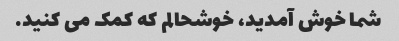
شما خوش آمدید، خوشحالم که کمک می کنید.